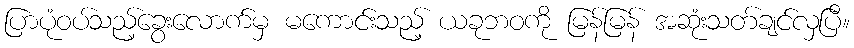
ပြာပုံဝပ်သည့်ခွေးလောက်မှ မကောင်းသည့် ယခုဘဝကို မြန်မြန် အဆုံးသတ်ချင်လှပြီ။